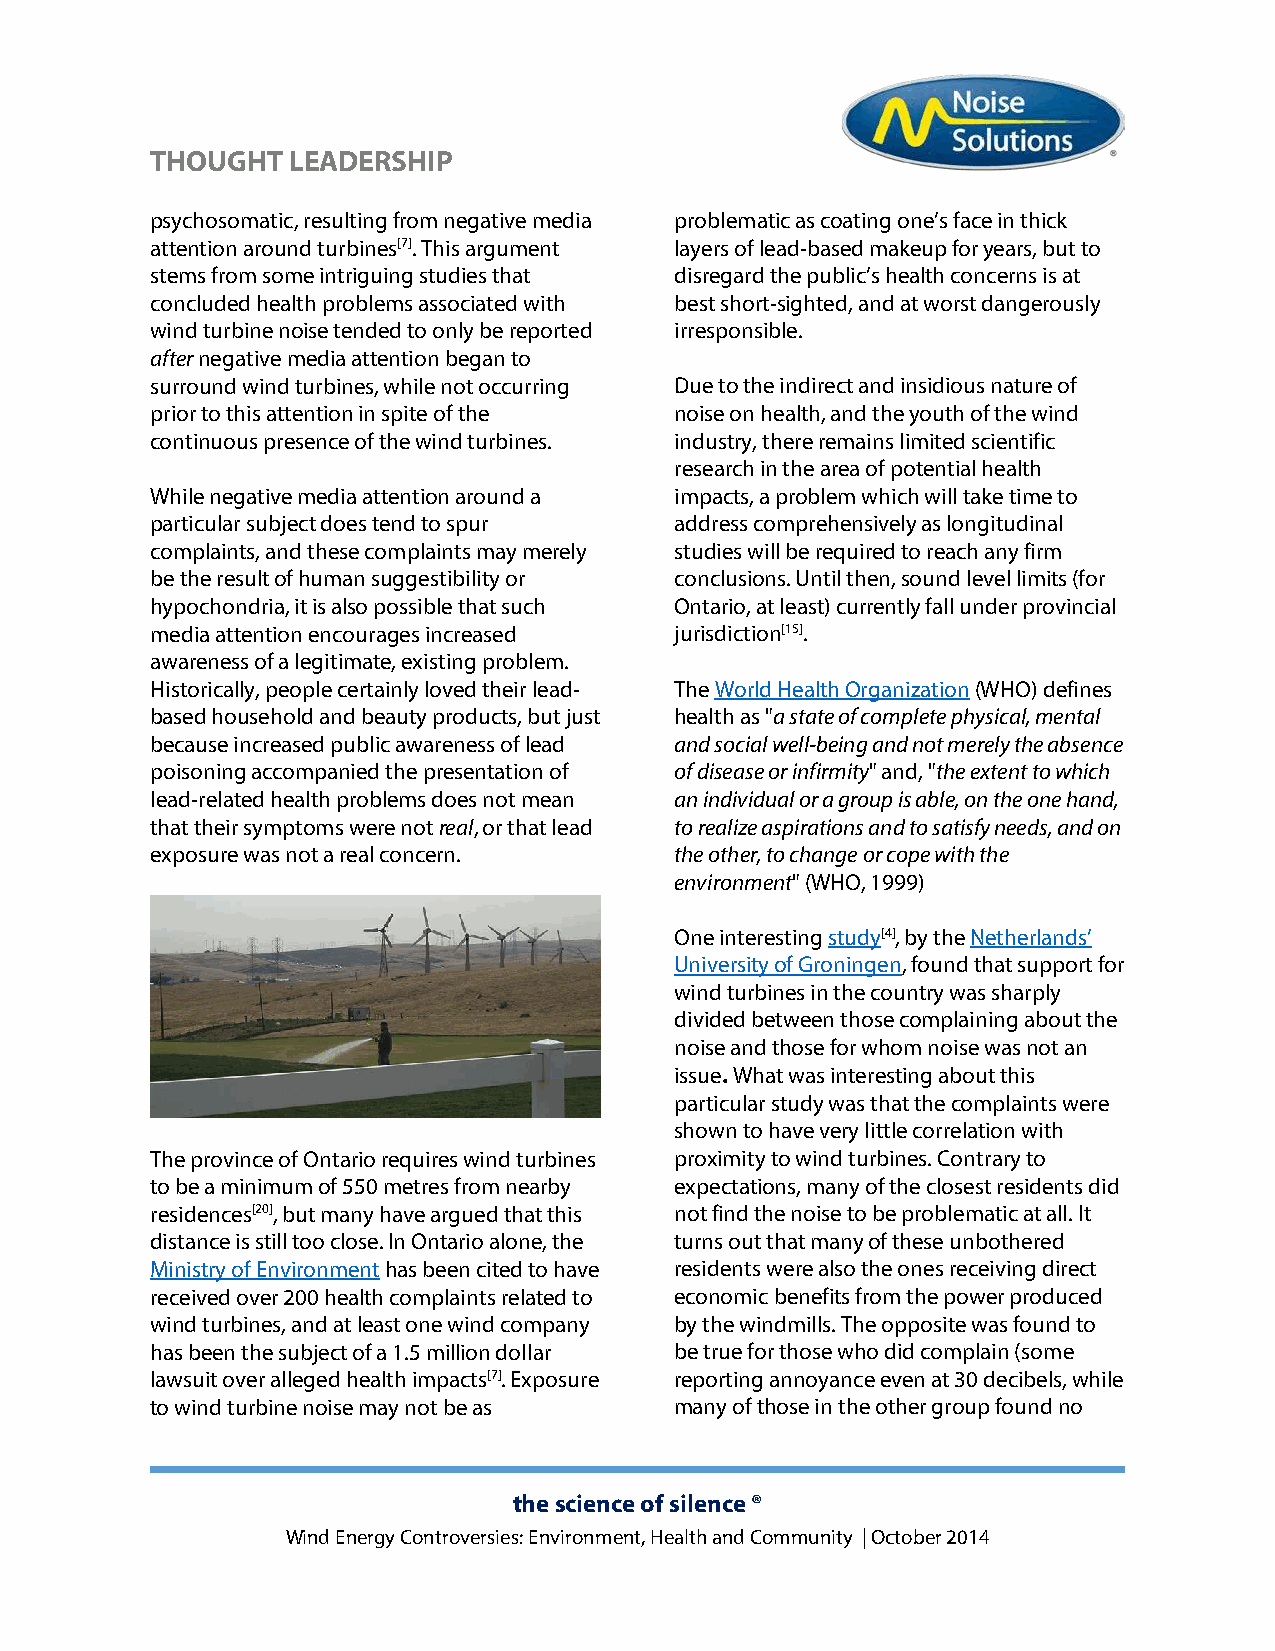
THOUGHT  LEADERSHIP
 psychosomatic, resulting from negative media problematic as coating one’s face in thick
 attention around turbines[7]. This argument layers of lead-based makeup for years, but to
 stems from some intriguing studies that disregard the public’s health concerns is at
 concluded health problems associated with best short-sighted, and at worst dangerously
 wind turbine noise tended to only be reported irresponsible.
 after negative media attention began to
 surround wind turbines, while not occurring Due to the indirect and insidious nature of
 prior to this attention in spite of the noise on health, and the youth of the wind
 continuous presence of the wind turbines. industry, there remains limited scientific
 research in the area of potential health
 While negative media attention around a impacts, a problem which will take time to
 particular subject does tend to spur address comprehensively as longitudinal
 complaints, and these complaints may merely studies will be required to reach any firm
 be the result of human suggestibility or conclusions. Until then, sound level limits (for
 hypochondria, it is also possible that such Ontario, at least) currently fall under provincial
 media attention encourages increased jurisdiction[15].
 awareness of a legitimate, existing problem.
 Historically, people certainly loved their lead- The World Health Organization (WHO) defines
 based household and beauty products, but just health as "a state of complete physical, mental
 because increased public awareness of lead and social well-being and not merely the absence
 poisoning accompanied the presentation of of disease or infirmity" and, "the extent to which
 lead-related health problems does not mean an individual or a group is able, on the one hand,
 that their symptoms were not real, or that lead to realize aspirations and to satisfy needs, and on
 exposure was not a real concern.   the other, to change or cope with the
 environment" (WHO, 1999)
 One interesting study[4], by the Netherlands’
 University of Groningen, found that support for
 wind turbines in the country was sharply
 divided between those complaining about the
 noise and those for whom noise was not an
 issue. What was interesting about this
 particular study was that the complaints were
 shown to have very little correlation with
 The province of Ontario requires wind turbines proximity to wind turbines. Contrary to
 to be a minimum of 550 metres from nearby expectations, many of the closest residents did
 residences[20], but many have argued that this not find the noise to be problematic at all. It
 distance is still too close. In Ontario alone, the turns out that many of these unbothered
 Ministry of Environment has been cited to have residents were also the ones receiving direct
 received over 200 health complaints related to economic benefits from the power produced
 wind turbines, and at least one wind company by the windmills. The opposite was found to
 has been the subject of a 1.5 million dollar be true for those who did complain (some
 lawsuit over alleged health impacts[7]. Exposure reporting annoyance even at 30 decibels, while
 to wind turbine noise may not be as many of those in the other group found no
 the science of silence ®
 Wind Energy Controversies: Environment, Health and Community | October 2014